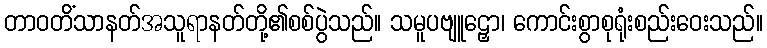
တာဝတိံသာနတ်အသူရာနတ်တို့၏စစ်ပွဲသည်။ သမူပဗျူဠှော၊ ကောင်းစွာစုရုံးစည်းဝေးသည်။